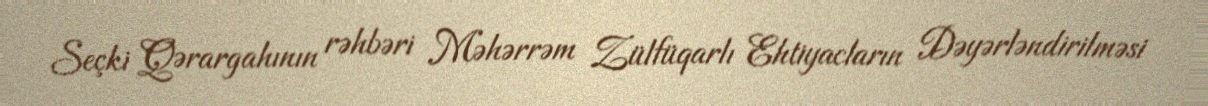
Seçki Qərargahının rəhbəri Məhərrəm Zülfüqarlı Ehtiyacların Dəyərləndirilməsi